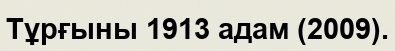
Тұрғыны 1913 адам (2009).